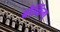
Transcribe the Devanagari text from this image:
बौकिंग